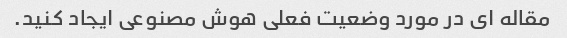
مقاله ای در مورد وضعیت فعلی هوش مصنوعی ایجاد کنید.